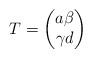
LaTeX: \begin{align*} T=\begin{pmatrix} a \beta \\ \gamma d \end{pmatrix}\end{align*}